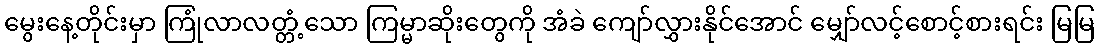
မွေးနေ့တိုင်းမှာ ကြုံလာလတ္တံ့သော ကြမ္မာဆိုးတွေကို အံခဲ ကျော်လွှားနိုင်အောင် မျှော်လင့်စောင့်စားရင်း မြမြ